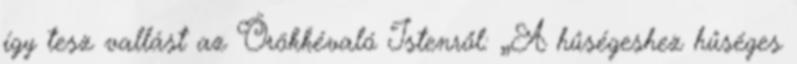
így tesz vallást az Örökkévaló Istenről: „A hűségeshez hűséges